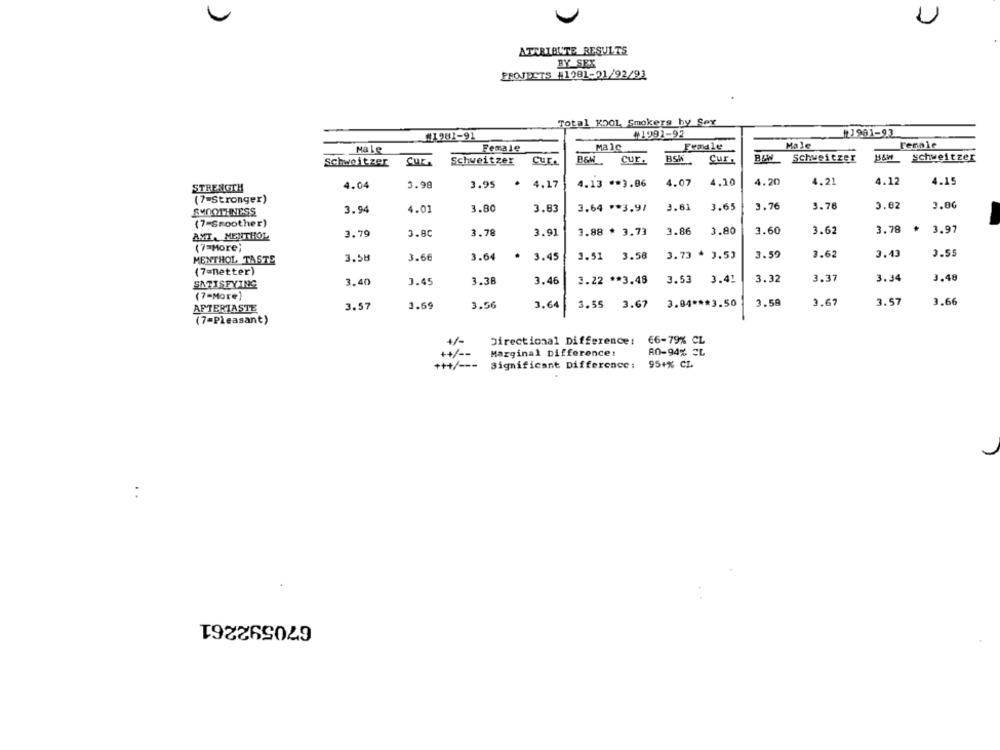
U
ATTRIBUTE RESULTS
BY SEX
PROJECTS #1281-91/92/93
Total KOOL Smokers by Sex
₩1991-92
1901-93
#1.981-91
Male
Female
Male
Female
Male
Female
BSW
Schweitzer
schweitzer
Schweitzer
SUE
Schweitzer
CUE.
Cur.
Cur
4.20
4,21
4.12
4.15
STRENGTH
4.04
3.98
3.95
.
4.17
4.13 ** 3.06
4.07
4.10
(7-Stronger)
SMOOTHNESS
3.94
4.01
3.80
3.83
3.64 ** 3.9/
3.61
3.65
3.76
3.76
3.02
3.00
(7-Smoother)
3.79
3.80
3.78
3.91
3.88 * 3.73
3.86
3.80
3.60
3.62
3.78
3.97
AMTA MENTHOL
(7=More)
3.58
3.73 * 3.53
3.59
3.62
3.43
3.55
MENTHOL TASTE
3.58
3.66
3.64
.
3.45
3.51
(7=netter)
3.34
3.48
SATISFYING
3.40
3.45
3.38
3.46
3.22 ** 3.48
3.53
3.41
3.32
3.37
(7-More)
3.66
AFTERTASTE
3.57
3.69
3.56
3.64
3.55 3.67
3.04 *** 3.50
3.58
3.67
3.57
(7=Pleasant)
+/-
Directional Difference:
€6-79% CL
Marginal Difference!
A0-94% EL
+/ --
+++/ ---
Significant Difference:
95+% CL
670592261